Report of the Indian Hemp Drugs Commission, 1894-1895 - Volume I
Year: 1894
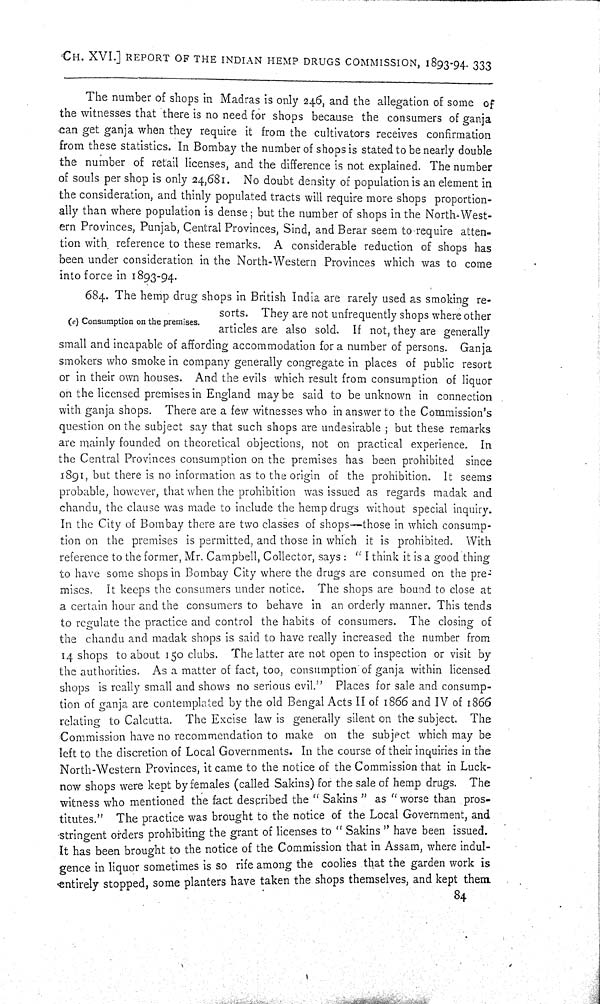
CH. XVI.] REPORT OF THE INDIAN HEMP DRUGS COMMISSION, 1893-94. 333
The number of shops in Madras is only 246, and the allegation of some of
the witnesses that there is no need for shops because the consumers of ganja
can get ganja when they require it from the cultivators receives confirmation
from these statistics. In Bombay the number of shops is stated to be nearly double
the number of retail licenses, and the difference is not explained. The number
of souls per shop is only 24,681. No doubt density of population is an element in
the consideration, and thinly populated tracts will require more shops proportion-
ally than where population is dense; but the number of shops in the North-West-
ern Provinces, Punjab, Central Provinces, Sind, and Berar seem to require atten-
tion with reference to these remarks. A considerable reduction of shops has
been under consideration in the North-Western Provinces which was to come
into force in 1893-94.
(e) Consumption on the premises.
684. The hemp drug shops in British India are rarely used as smoking re-
sorts. They are not unfrequently shops where other
articles are also sold. If not, they are generally
small and incapable of affording accommodation for a number of persons. Ganja
smokers who smoke in company generally congregate in places of public resort
or in their own houses. And the evils which result from consumption of liquor
on the licensed premises in England may be said to be unknown in connection
with ganja shops. There are a few witnesses who in answer to the Commission's
question on the subject say that such shops are undesirable; but these remarks
are mainly founded on theoretical objections, not on practical experience. In
the Central Provinces consumption on the premises has been prohibited since
1891, but there is no information as to the origin of the prohibition. It seems
probable, however, that when the prohibition was issued as regards madak and
chandu, the clause was made to include the hemp drugs without special inquiry.
In the City of Bombay there are two classes of shops—those in which consump-
tion on the premises is permitted, and those in which it is prohibited. With
reference to the former, Mr. Campbell, Collector, says: "I think it is a good thing
to have some shops in Bombay City where the drugs are consumed on the pre-
mises. It keeps the consumers under notice. The shops are bound to close at
a certain hour and the consumers to behave in an orderly manner. This tends
to regulate the practice and control the habits of consumers. The closing of
the chandu and madak shops is said to have really increased the number from
14 shops to about 150 clubs. The latter are not open to inspection or visit by
the authorities. As a matter of fact, too, consumption of ganja within licensed
shops is really small and shows no serious evil." Places for sale and consump-
tion of ganja are contemplated by the old Bengal Acts II of 1866 and IV of 1866
relating to Calcutta. The Excise law is generally silent on the subject. The
Commission have no recommendation to make on the subject which may be
left to the discretion of Local Governments. In the course of their inquiries in the
North-Western Provinces, it came to the notice of the Commission that in Luck-
now shops were kept by females (called Sakins) for the sale of hemp drugs. The
witness who mentioned the fact described the "Sakins" as "worse than pros-
titutes." The practice was brought to the notice of the Local Government, and
stringent orders prohibiting the grant of licenses to "Sakins" have been issued.
It has been brought to the notice of the Commission that in Assam, where indul-
gence in liquor sometimes is so rife among the coolies that the garden work is
entirely stopped, some planters have taken the shops themselves, and kept them
84